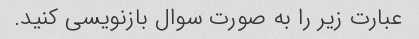
عبارت زیر را به صورت سوال بازنویسی کنید.